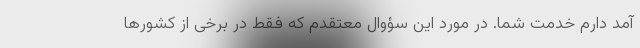
آمد دارم خدمت شما. در مورد این سؤوال معتقدم که فقط در برخی از کشورها